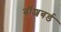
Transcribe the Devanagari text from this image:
बॉशबर्ड